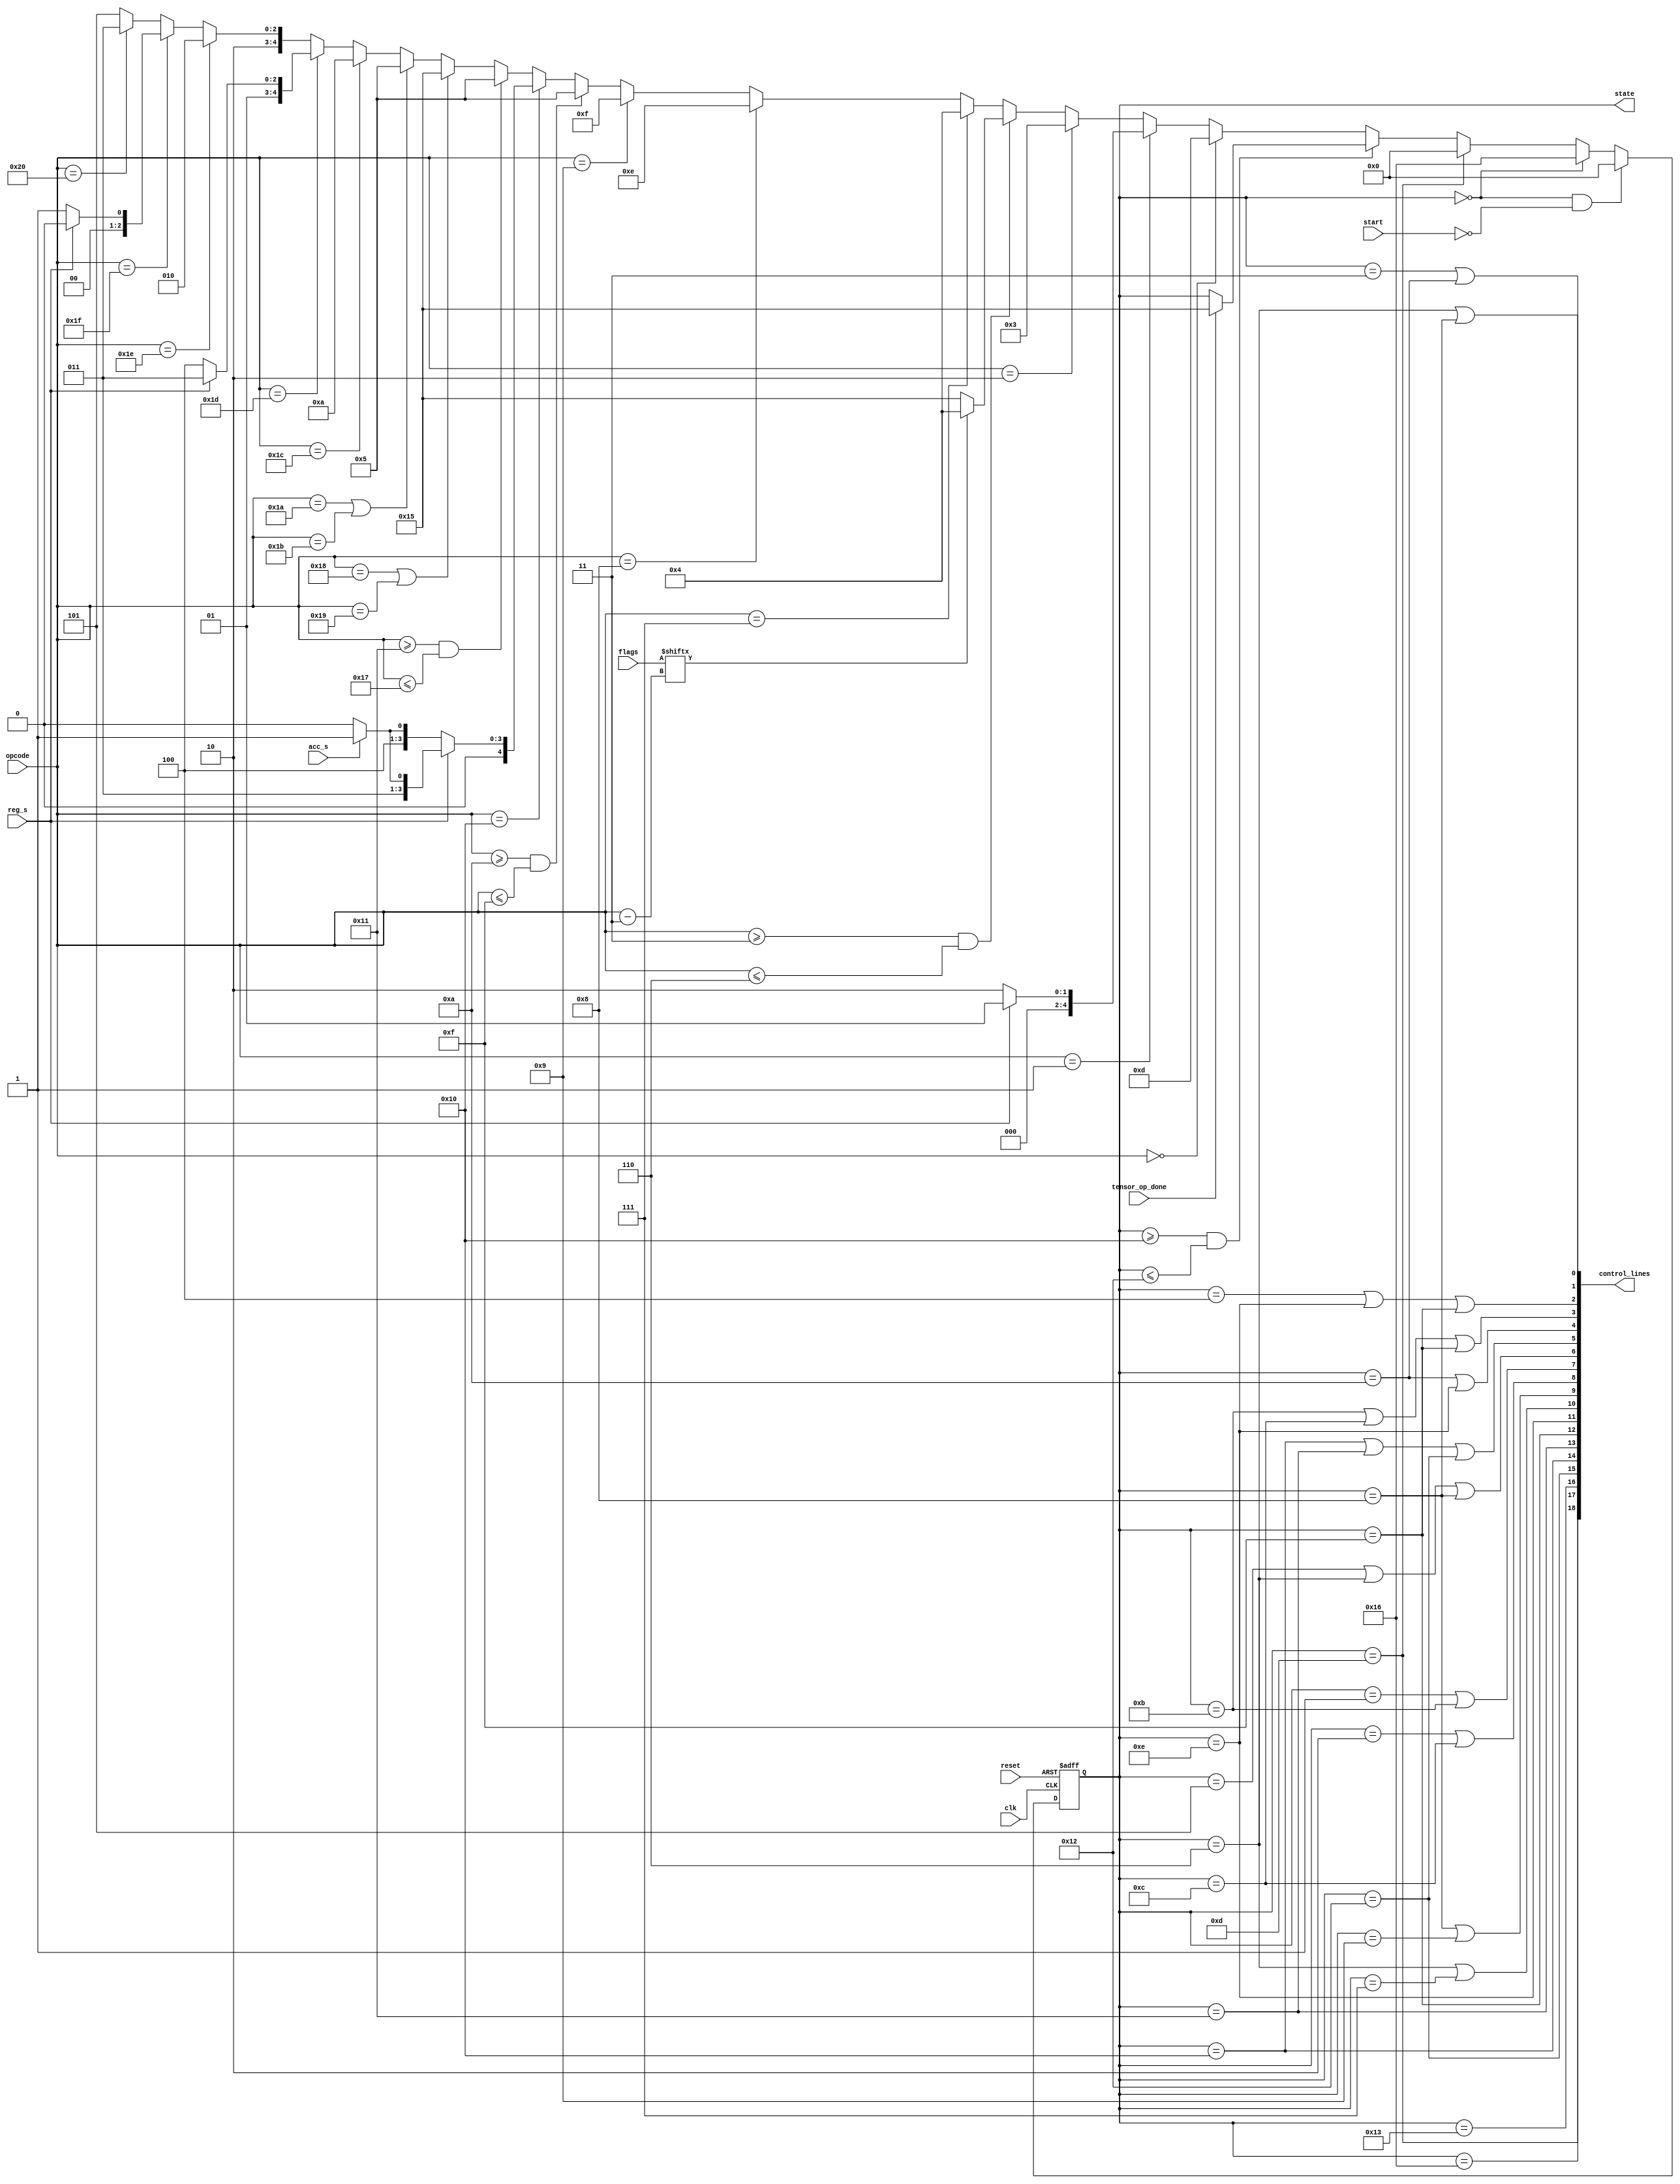
module control_unit(
    input reg_s, acc_s, start, reset, clk,
    input tensor_op_done,
    input [5:0] opcode, 
    input [3:0] flags,
    output [18:0] control_lines,
    output reg [4:0] state
);
    localparam MOVE = 0, STORE = 1, BRANCH = 2;
    localparam POP = 3, PUSH = 4, STALL = 5;
    localparam STR_REZ = 6, LOAD_Y = 7, LOAD_X = 8;
    localparam ACC_OPX = 9, ACC_OPY = 10, JMP = 11;
    localparam RET = 12, LOAD_A = 13, LOAD_B = 14;
    localparam STORE_TENSOR = 15, STR_TENSOR_REZ = 16;
    localparam RESET_CU = 17, DONE = 18;

    localparam S0 = 0, S1 = 1, S2 = 2, S3 = 3;
    localparam S4 = 4, S5 = 5, S6 = 6, S7 = 7;
    localparam S8 = 8, S9 = 9, S10 = 10;
    localparam S11 = 11, S12 = 12, S13 = 13;
    localparam S14 = 14, S15 = 15, S16 = 16;
    localparam S17 = 17, S18 = 18, S19 = 19;
    localparam S20 = 20;

    localparam SNOTHING = 21, SRESET = 22;
    reg [4:0] state_next;

    always @(*) begin
        if(state == S0 &&
            !start)                 state_next = S0;
        else if(state == S0)        state_next = SRESET;
        else if(state == S13)       state_next = S0;
        else if(state >= S16 &&
                state <= S18)       state_next = tensor_op_done ? SNOTHING : state;
        else if(opcode == 6'h00)    state_next = S13;
        else if(opcode == 6'h01)    state_next = (reg_s) ? S1 : S2;
        else if(opcode == 6'h02)    state_next = S3;
        else if(opcode >= 6'h03 &&
                opcode <= 6'h06)    state_next = (flags[opcode - 6'h03]) ? S4 : SNOTHING;
        else if(opcode == 6'h07)    state_next = S4;
        else if(opcode == 6'h08)    state_next = S14;
        else if(opcode == 6'h09)    state_next = S15;
        else if(opcode >= 6'h0A &&
                opcode <= 6'h0F)    state_next = S5;
        else if(opcode == 6'h10) begin  
            if(reg_s)               state_next = acc_s ? S7 : S6;
            else                    state_next = acc_s ? S9 : S8;
        end
        else if(opcode >= 6'h11 &&
                opcode <= 6'h17)    state_next = S5;
        else if(opcode == 6'h18 ||
                opcode == 6'h19)    state_next = SNOTHING;
        else if(opcode == 6'h1A ||
                opcode == 6'h1B)    state_next = S5;
        else if(opcode == 6'h1C)    state_next = S10;
        else if(opcode == 6'h1D)    state_next = reg_s ? S11 : S12;
        else if(opcode == 6'h1E)    state_next = S18;
        else if(opcode == 6'h1F)    state_next = reg_s ? S16 : S17;
        else if(opcode == 6'h20)    state_next = S19;
        else                        state_next = SNOTHING;
    end

    always @(posedge clk, posedge reset) begin 
        #1
        if(control_lines[BRANCH])  #2;
        if(reset)   state <= S0;
        else        state <= state_next;
    end

    assign control_lines[MOVE] = (state == S6) || (state == S8);
    assign control_lines[STORE] = (state == S3) || (state == S10);
    assign control_lines[BRANCH] = (state == S4) || (state == S14) || (state == S15);
    assign control_lines[POP] = (state == S11) || (state == S12) || (state == S15);
    assign control_lines[PUSH] = (state == S10) || (state == S14);
    assign control_lines[STALL] = (state == S16) || (state == S17) || (state == S18);
    assign control_lines[STR_REZ] = (state == S5) || (state == S6) || (state == S8);
    assign control_lines[LOAD_Y] = (state == S1) || (state == S11);
    assign control_lines[LOAD_X] = (state == S2) || (state == S12);
    assign control_lines[ACC_OPY] = (state == S6) || (state == S7);
    assign control_lines[ACC_OPX] = (state == S8) || (state == S9);
    assign control_lines[JMP] = (state == S14);
    assign control_lines[RET] = (state == S15);
    assign control_lines[LOAD_B] = (state == S16);
    assign control_lines[LOAD_A] = (state == S17);
    assign control_lines[STORE_TENSOR] = (state == S18);
    assign control_lines[STR_TENSOR_REZ] = (state == S19);
    assign control_lines[RESET_CU] = (state == SRESET);
    assign control_lines[DONE] = (state == S13);

endmodule